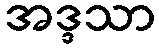
အဒ္ဒသာ